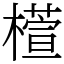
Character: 𣜯